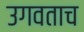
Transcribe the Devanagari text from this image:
उगवताच